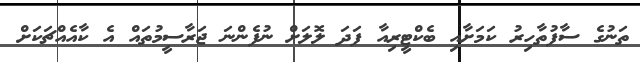
ތަނުގެ ސާފުތާހިރު ކަމަށާއި ބެކްޓީރިއާ ފަދަ ލޮލަށް ނުފެންނަ ޖަރާސީމުތައް އެ ކާއެއްޗަކަށް